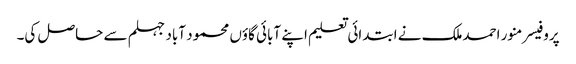
پروفیسر منور احمدملک نے ابتدائی تعلیم اپنے آبائی گاؤں محمود آباد جہلم سے حاصل کی۔